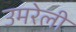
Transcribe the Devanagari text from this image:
उमरेली